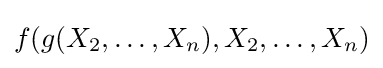
f(g(X_{2},\ldots ,X_{n}),X_{2},\ldots ,X_{n})